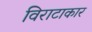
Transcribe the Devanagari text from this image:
विराटाकार